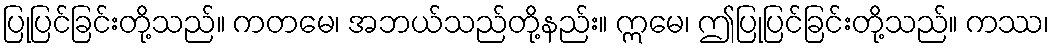
ပြုပြင်ခြင်းတို့သည်။ ကတမေ၊ အဘယ်သည်တို့နည်း။ ဣမေ၊ ဤပြုပြင်ခြင်းတို့သည်။ ကဿ၊